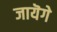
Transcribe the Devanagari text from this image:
जायॆगे